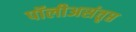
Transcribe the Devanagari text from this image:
पॉलीअसंतृप्त